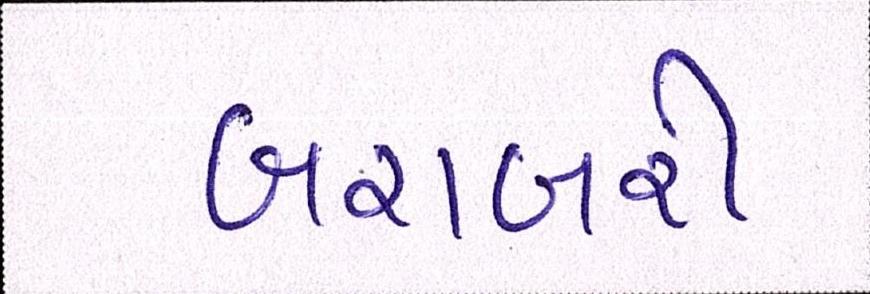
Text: બરાબરી